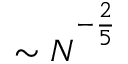
\sim N ^ { ^ { - \frac { 2 } { 5 } } }